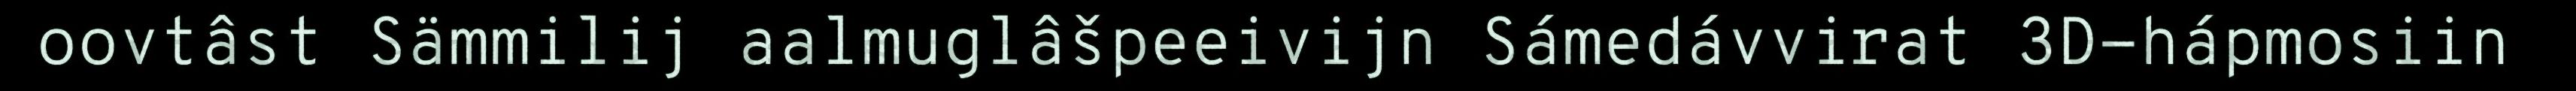
oovtâst Sämmilij aalmuglâšpeeivijn Sámedávvirat 3D-hápmosiin